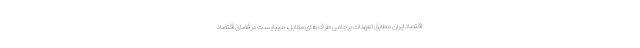
اقتصاد ایران مطابق تعهدات برجامی طرف های مقابل، میبایست در فضای اقتصاد